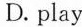
D.play